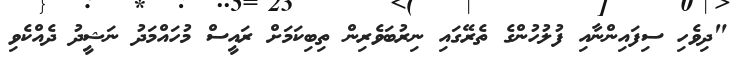
"ދިވެހި ސިފައިންނާއި ފުލުހުންގެ ތެރޭގައި ނިރުބަވެރިން ތިބިކަމަށް ރައީސް މުހައްމަދު ނަޝީދު ދެއްކެވި